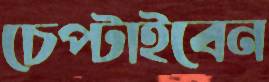
চেপ্‌টাইবেন